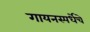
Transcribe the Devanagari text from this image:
गायनस्पर्धेचे